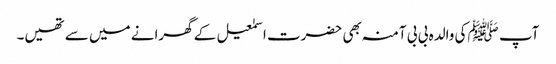
آپ ﷺکی والدہ بی بی آمنہ بھی حضرت اسمٰعیل کے گھرانے میں سے تھیں۔